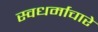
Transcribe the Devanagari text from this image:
स्वधर्माचारे